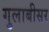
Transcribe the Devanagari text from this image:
गुलाबीसर